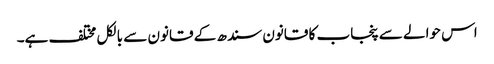
اس حوالے سے پنجاب کا قانون سندھ کے قانون سے بالکل مختلف ہے۔